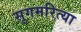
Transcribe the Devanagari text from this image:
सुगमरित्या